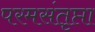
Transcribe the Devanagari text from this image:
परमसंतृप्ता